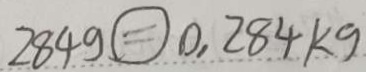
2 8 4 g \textcircled { = } 0 . 2 8 4 k g